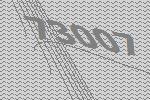
73007